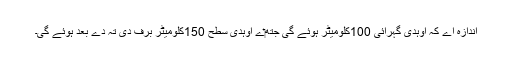
اندازہ اے کہ اوہدی گہرائی 100کلومیٹر ہوئے گی جتھ‏ے اوہدی سطح 150کلومیٹر برف دی تہ دے بعد ہوئے گی۔